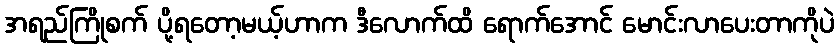
အရည်ကြိုစက် ပို့ရတော့မယ့်ဟာက ဒီလောက်ထိ ရောက်အောင် မောင်းလာပေးတာကိုပဲ